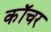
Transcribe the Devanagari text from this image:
कॉचर